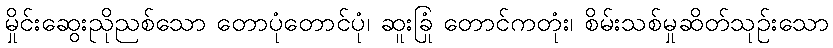
မှိုင်းဆွေးညိုညစ်သော တောပုံတောင်ပုံ၊ ဆူးခြုံ တောင်ကတုံး၊ စိမ်းသစ်မှုဆိတ်သုဉ်းသော